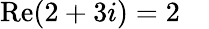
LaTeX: \operatorname{Re}(2+3i)=2\quad